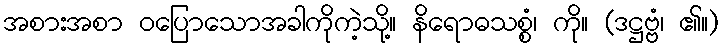
အစားအစာ ဝပြောသောအခါကိုကဲ့သို့။ နိရောဓသစ္စံ၊ ကို။ (ဒဋ္ဌဗ္ဗံ၊ ၏။)